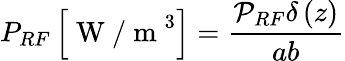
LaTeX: P_{RF}\left[\mathrm{~W~/~m~}^{3}\right]=\frac{\mathcal{P}_{RF}\delta\left(z\right)}{ab}